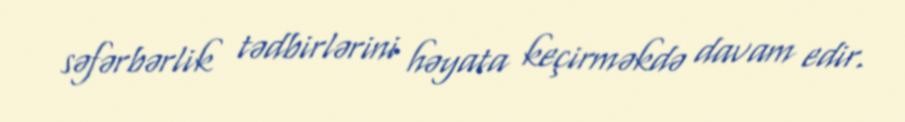
səfərbərlik tədbirlərini həyata keçirməkdə davam edir.